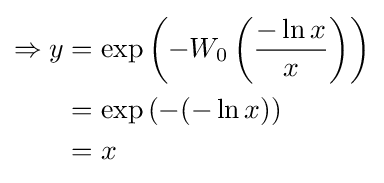
{\begin{aligned}\Rightarrow y&=\exp \left(-W_{0}\left({\frac {-\ln x}{x}}\right)\right)\\&=\exp \left(-(-\ln x)\right)\\&=x\end{aligned}}